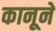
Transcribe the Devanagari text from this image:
कानूने